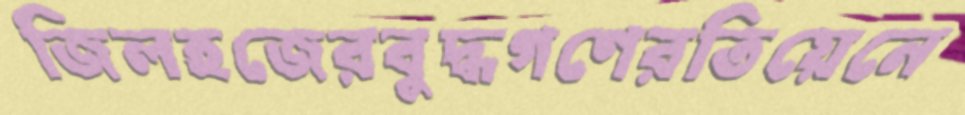
জিলহজেরবুদ্ধগণেরতিয়েনে